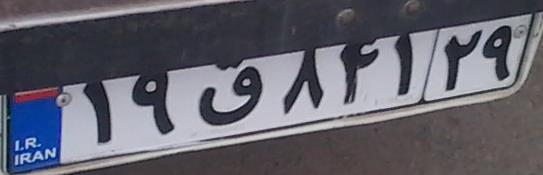
۱۹ق۸۴۱۲۹